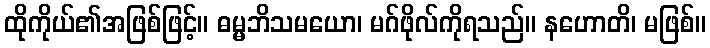
ထိုကိုယ်၏အဖြစ်ဖြင့်။ ဓမ္မဘိသမယော၊ မဂ်ဖိုလ်ကိုရသည်။ နဟောတိ၊ မဖြစ်။